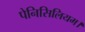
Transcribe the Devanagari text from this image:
पेनिसिलियम।